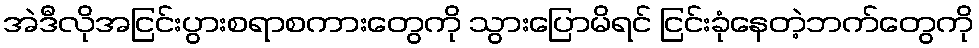
အဲဒီလိုအငြင်းပွားစရာစကားတွေကို သွားပြောမိရင် ငြင်းခုံနေတဲ့ဘက်တွေကို